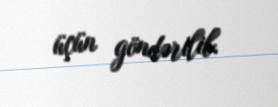
üçün göndərilib.